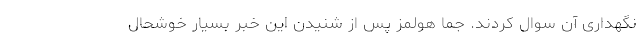
نگهداری آن سوال کردند. جما هولمز پس از شنیدن این خبر بسیار خوشحال